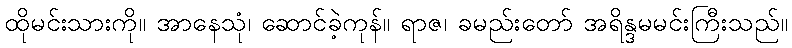
ထိုမင်းသားကို။ အာနေသုံ၊ ဆောင်ခဲ့ကုန်။ ရာဇ၊ ခမည်းတော် အရိန္ဒမမင်းကြီးသည်။